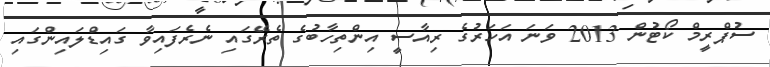
ސުޕްރީމް ކޯޓުން 2013 ވަނަ އަހަރުގެ ރިއާސީ އިންތިހާބުގެ ތެރޭގައި ނެރެފައިވާ ގައިޑްލައިންގައި